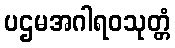
ပဌမအဂါရဝသုတ္တံ